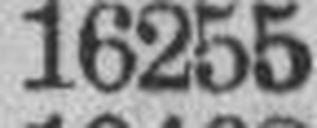
16255